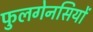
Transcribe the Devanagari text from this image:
फुलगेनसियों